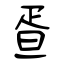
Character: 疍